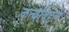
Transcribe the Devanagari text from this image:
कर्त्याबद्दल